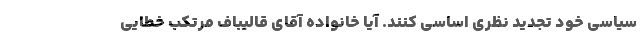
سیاسی خود تجدید نظری اساسی کنند. آیا خانواده آقای قالیباف مرتکب خطایی